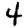
Digit: 4